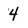
Character: 4